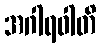
အဂါရဝါတိ